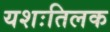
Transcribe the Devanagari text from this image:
यशःतिलक